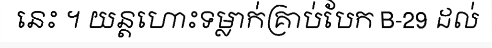
នេះ ។ យន្តហោះទម្លាក់គ្រាប់បែក B-29 ដល់